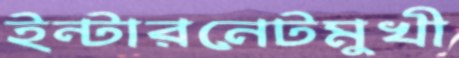
ইন্টারনেটমুখী